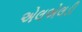
એલએલડી